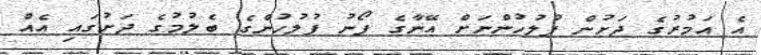
އެ އަމުރުގެ ދަށުން ފުލުހުންނަށް އޭނާގެ ފޯނު ފުލުހުންގެ ބެލުމުގެ ދަށުގައި އެއް